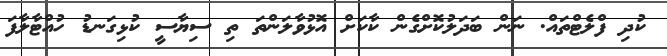
ކުދި ފްލެޓްތައް. ނަން ބަދަލުކޮށްގެން ކާކަށް އޮޅުވާލަންތަ ތި ސިޔާސީ ކުޅިގަނޑު ހުއްޓާލާފަ